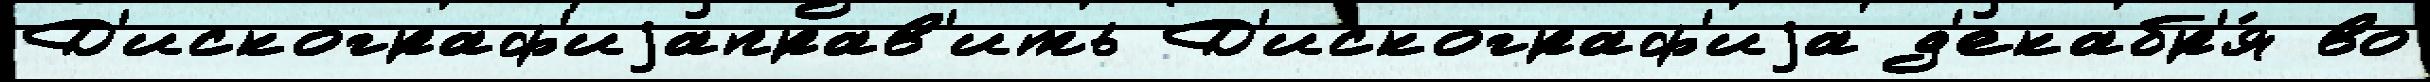
Д'искограф'иjаправ'ить Д'искограф'иjа д'екабр'я́ во